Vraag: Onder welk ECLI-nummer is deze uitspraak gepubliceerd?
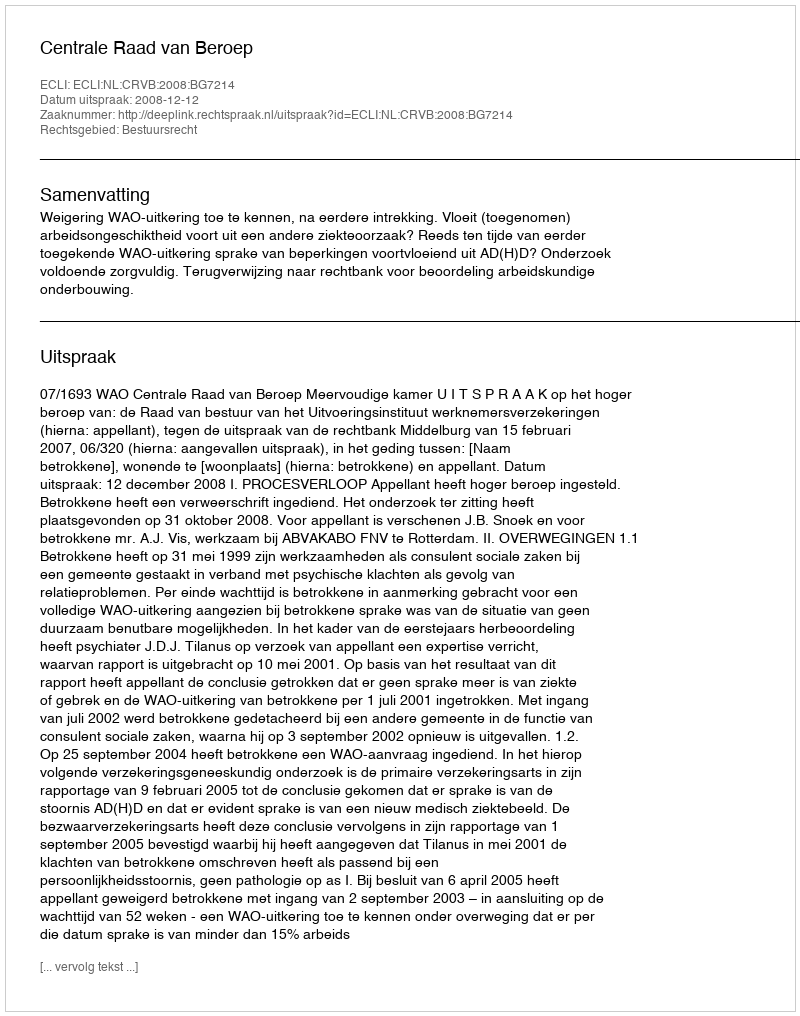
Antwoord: ECLI:NL:CRVB:2008:BG7214